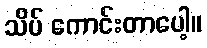
သိပ် ကောင်းတာပေါ့။